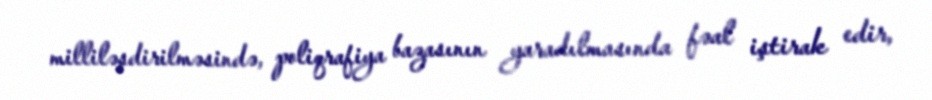
milliləşdirilməsində, poliqrafiya bazasının yaradılmasında fəal iştirak edir,